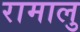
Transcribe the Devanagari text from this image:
रामालु